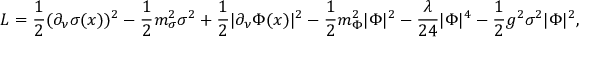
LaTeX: { L } = \frac 1 2 ( \partial _ { \nu } \sigma ( x ) ) ^ { 2 } - \frac 1 2 m _ { \sigma } ^ { 2 } \sigma ^ { 2 } + \frac 1 2 | \partial _ { \nu } \Phi ( x ) | ^ { 2 } - \frac 1 2 m _ { \Phi } ^ { 2 } | \Phi | ^ { 2 } - \frac { \lambda } { 2 4 } | \Phi | ^ { 4 } - \frac 1 2 g ^ { 2 } \sigma ^ { 2 } | \Phi | ^ { 2 } ,